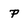
Character: P